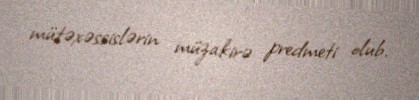
mütəxəssislərin müzakirə predmeti olub.